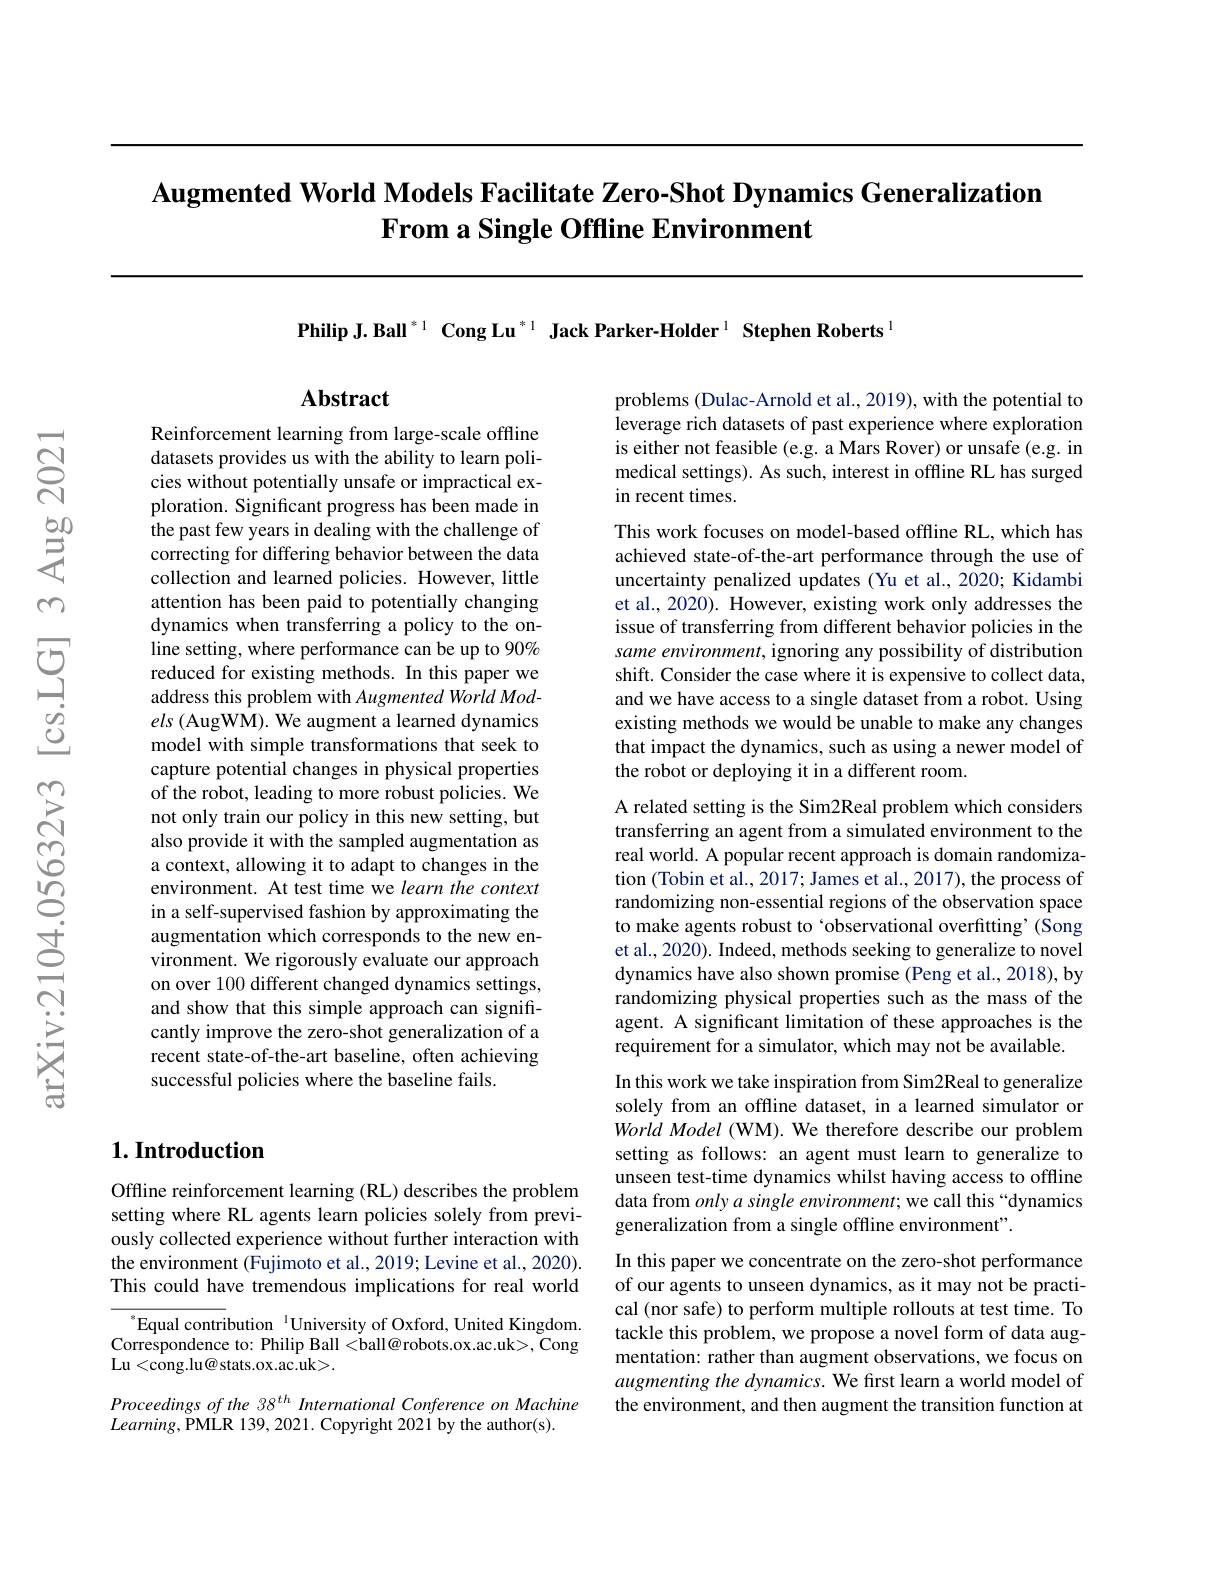
# Augmented World Models Facilitate Zero-Shot Dynamics Generalization From a Single Offline Environment

Philip J. Ball $^{*1}$ Cong Lu$^{*1}$ Jack Parker-Holder$^{1}$ Stephen Roberts$^{1}$

## $\mathbf{Abstract}$

Reinforcement learning from large-scale offline datasets provides us with the ability to learn policies without potentially unsafe or impractical exploration. Significant progress has been made in the past few years in dealing with the challenge of correcting for differing behavior between the data collection and learned policies. However, little attention has been paid to potentially changing dynamics when transferring a policy to the online setting, where performance can be up to 90% reduced for existing methods. In this paper we address this problem with Augmented World Models (AugWM). We augment a learned dynamics model with simple transformations that seek to capture potential changes in physical properties of the robot, leading to more robust policies. We not only train our policy in this new setting, but also provide it with the sampled augmentation as a context, allowing it to adapt to changes in the environment. At test time we learn the context in a self-supervised fashion by approximating the augmentation which corresponds to the new environment. We rigorously evaluate our approach on over 100 different changed dynamics settings, and show that this simple approach can significantly improve the zero-shot generalization of a recent state-of-the-art baseline, often achieving successful policies where the baseline fails.

## $1. \textbf{Introduction}$

Offline reinforcement learning (RL) describes the problem setting where RL agents learn policies solely from previously collected experience without further interaction with the environment (Fujimoto et al., 2019; Levine et al., 2020). This could have tremendous implications for real world

$^{\mathrm{s}}$Equal contribution$^{\mathrm{~1}}$University of Oxford, United Kingdom. Correspondence to: Philip Ball <ball@robots.ox.ac.uk>, Cong Lu<cong.lu@ stats.ox.ac.uk>.

Proceedings of the 38 th International Conference on Machine
$Learning$,PMLR 139, 2021. Copyright 2021 by the author(s).

problems (Dulac-Arnold et al., 2019), with the potential to leverage rich datasets of past experience where exploration is either not feasible (e.g. a Mars Rover) or unsafe (e.g. in medical settings). As such, interest in offline RL has surged in recent times.

This work focuses on model-based offline RL, which has achieved state-of-the-art performance through the use of uncertainty penalized updates (Yu et al., 2020; Kidambi et al., 2020). However, existing work only addresses the issue of transferring from different behavior policies in the same environment, ignoring any possibility of distribution shift. Consider the case where it is expensive to collect data, and we have access to a single dataset from a robot. Using existing methods we would be unable to make any changes that impact the dynamics, such as using a newer model of the robot or deploying it in a different room.

A related setting is the Sim2Real problem which considers transferring an agent from a simulated environment to the real world. A popular recent approach is domain randomization (Tobin et al., 2017; James et al., 2017), the process of randomizing non-essential regions of the observation space to make agents robust to ‘observational overfitting’(Song et al., 2020). Indeed, methods seeking to generalize to novel dynamics have also shown promise (Peng et al., 2018), by randomizing physical properties such as the mass of the agent. A significant limitation of these approaches is the requirement for a simulator, which may not be available. In this work we take inspiration from Sim2Real to generalize solely from an offline dataset, in a learned simulator or WorldModel (WM). We therefore describe our problem setting as follows: an agent must learn to generalize to unseen test-time dynamics whilst having access to offline

data from onlya single environment; we call this “dynamics
generalization from a single offline environment".

In this paper we concentrate on the zero-shot performance of our agents to unseen dynamics, as it may not be practical (nor safe) to perform multiple rollouts at test time. To tackle this problem, we propose a novel form of data augmentation: rather than augment observations, we focus on augmenting the dynamics. We first learn a world model of the environment, and then augment the transition function at